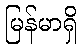
မြန်မာရှိ